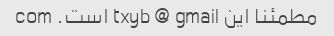
مطمئنا این txyb @ gmail است. com